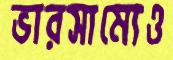
ভারসাম্যেও